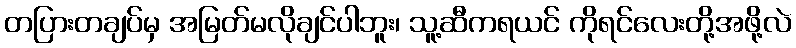
တပြားတချပ်မှ အမြတ်မလိုချင်ပါဘူး၊ သူ့ဆီကရယင် ကိုရင်လေးတို့အဖို့လဲ